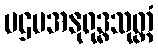
ပဌမအနုရုဒ္ဓသုတ္တံ